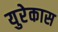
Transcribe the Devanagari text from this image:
युरेकास